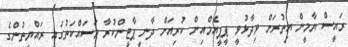
ރައީސް ޔާމީން އިތުރަށް ވިދާޅުވީ ޕީޕީއެމްއިން ކުރިއަށް ދާނީ ޕާޓީންކުރާ މަަސައްކަތުގައި ރައްޔިތުންގެ